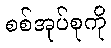
စစ်အုပ်စုကို